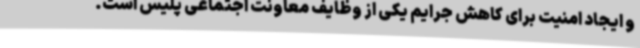
و ایجاد امنیت برای کاهش جرایم یکی از وظایف معاونت اجتماعی پلیس است.